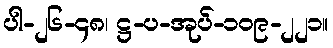
ပါ-၂၆-၄၈၊ ဋ္ဌ-ပ-အုပ်-၁၀၉-၂၂၁။